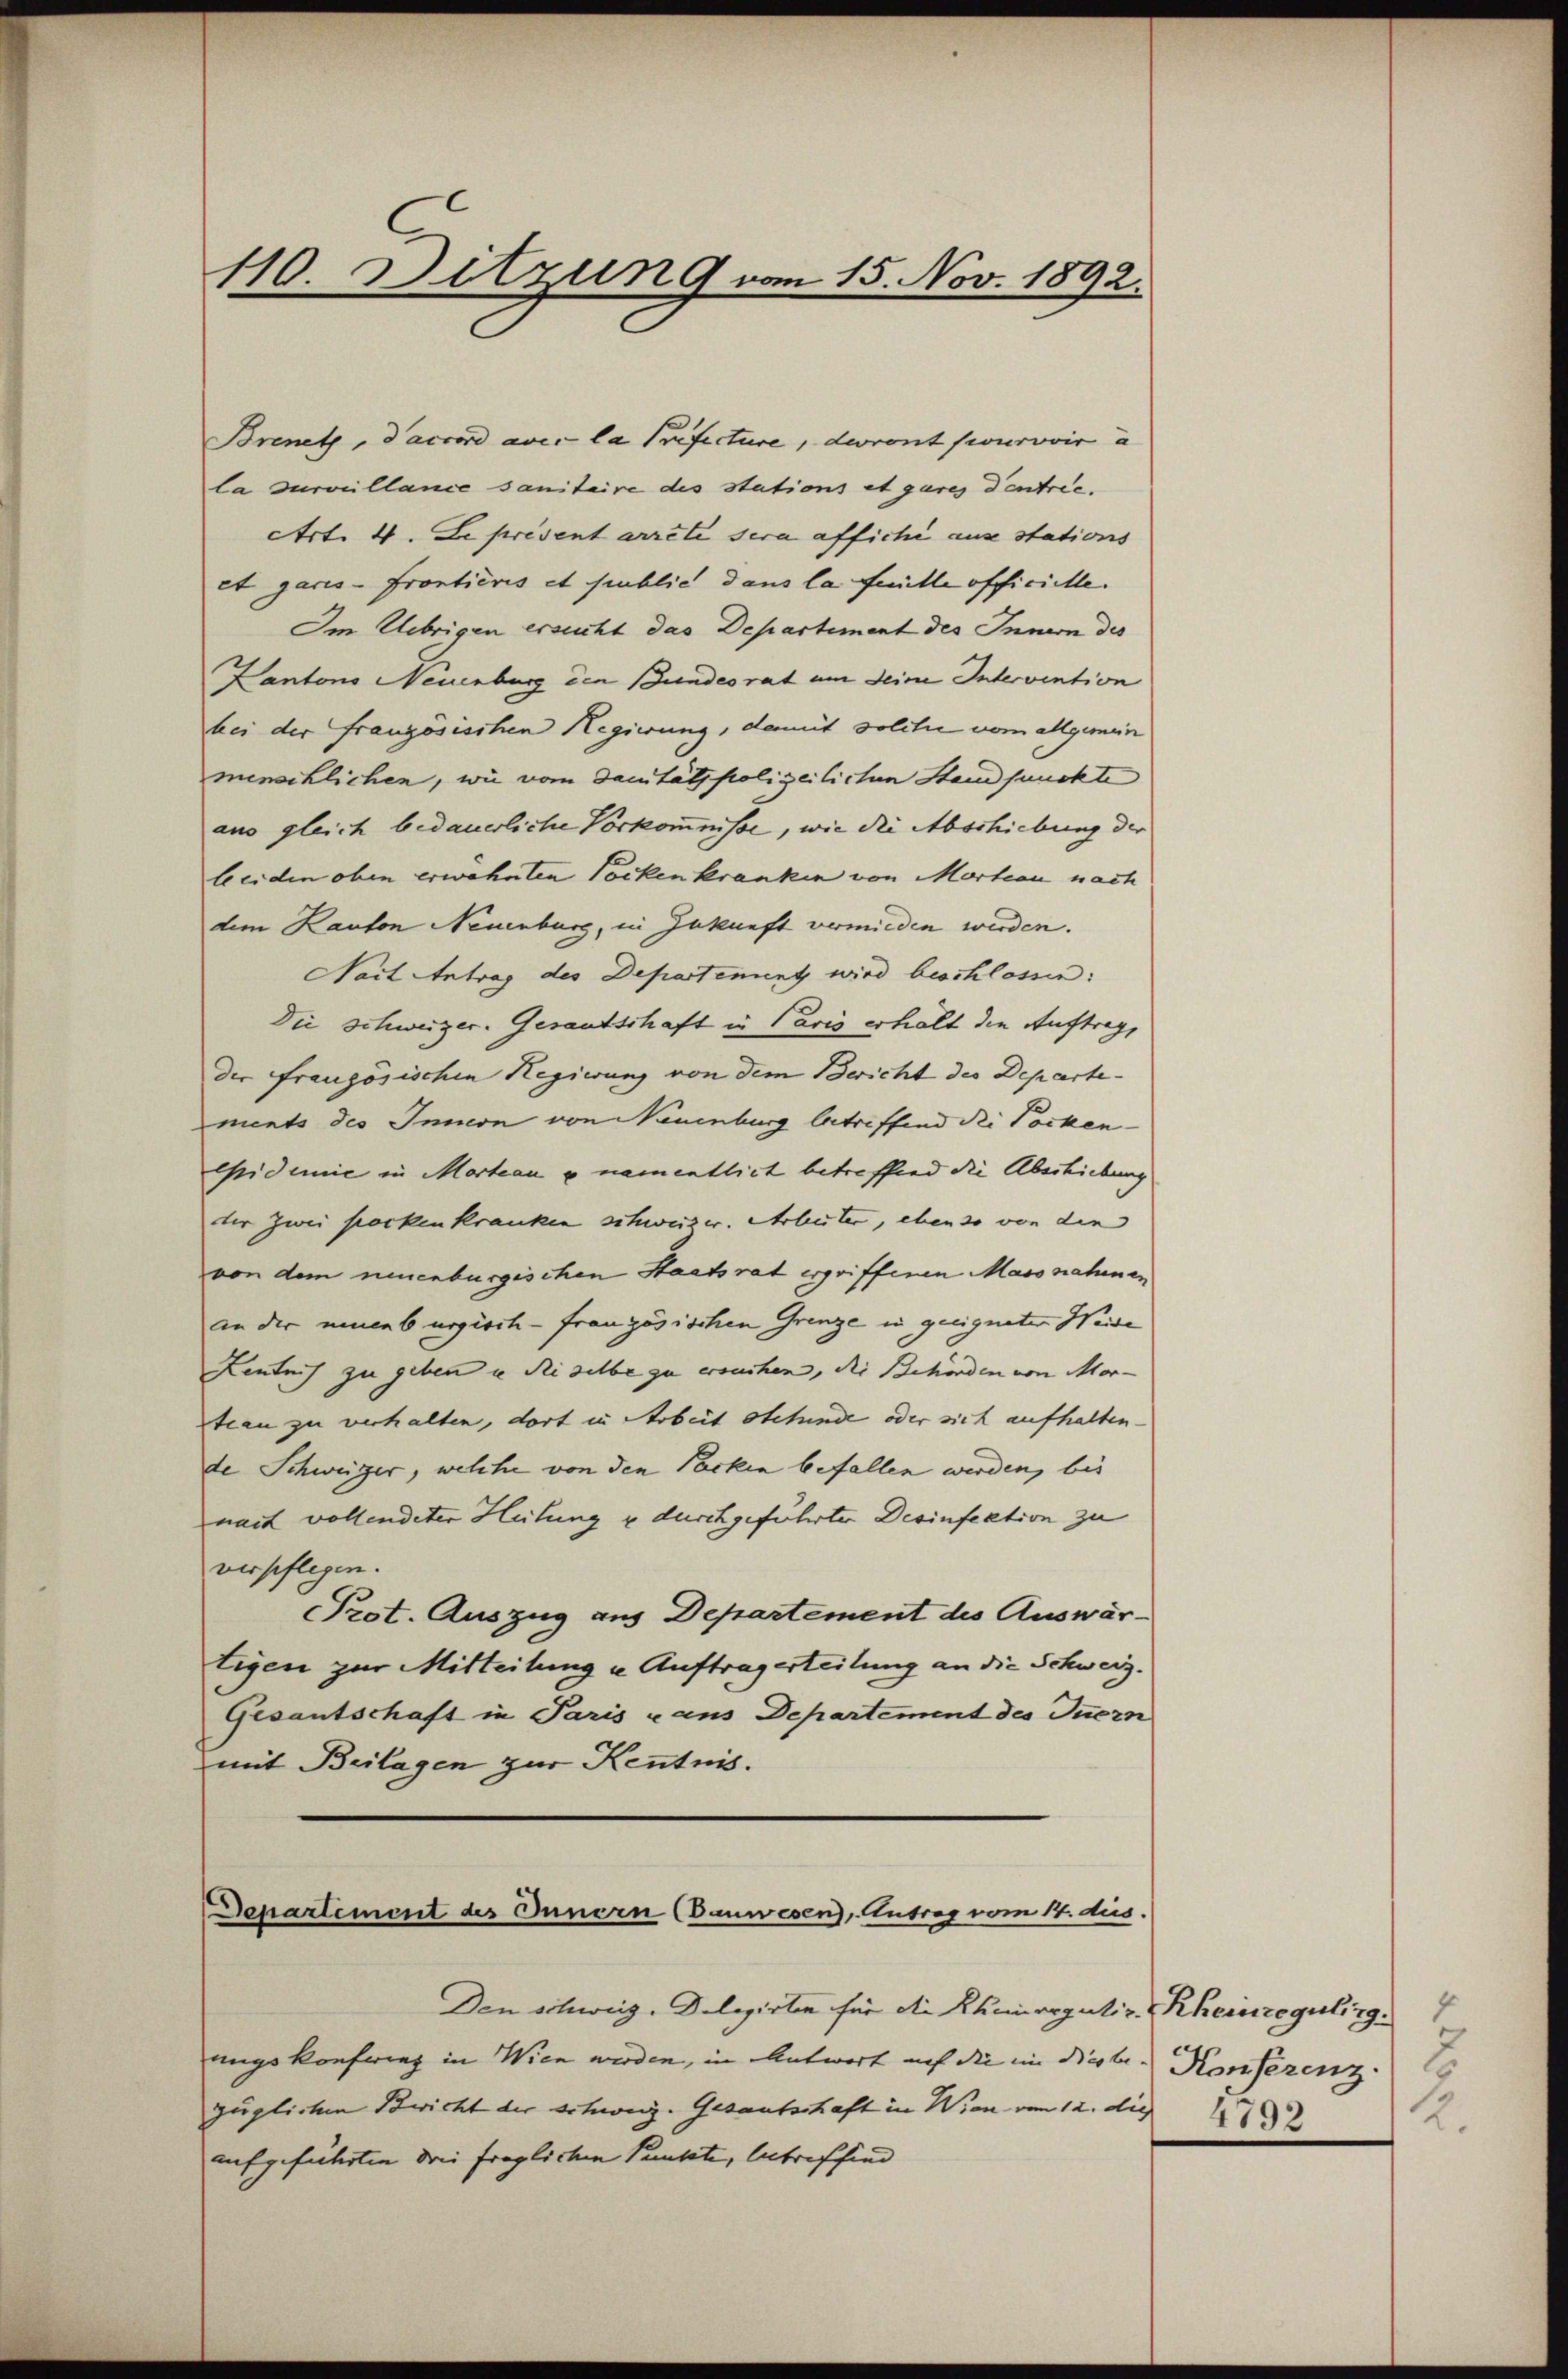
110. Ditzung vom 15. Nov. 1892.

Brenetz, d’accord avec la Trifecture, devront pourvoir à
la surveillance sanitaire des stations et gares Dentrie.
Art. 4. Le présent arrete sera affiche aus stations
et garis-frontieris et publich dans la fille officielle.
Im Uebrigen ersucht das Departement des Innern des
Kantons Neuenburg den Bundesrat um deine Intervention
bei der französischen Regierung, damit solcher vom allgemein
menschlichen, wie vom Sanitätspolizeilichen Standsunckte
aus gleich bedauerliche Vorkommnisse, wie die Abschiebung der
leiden oben erwähnten Pocken kranken von Marteau nach
dem Kanton Neuenburg, in Zukunft vermieden werden.
Nact Antrag des Departement wird beschlossen:
Die Schweizer. Gesandschaft in Paris erhalt die Auftrage
der französischen Regierung von dem Bericht des Departements des Innern von Neuenburg betreffend die Pocken-
epidemie in Marteau u. namentlich betreffend die Abschiebung
der zwei Pocken kranken schweizer. Arbeiter, ebenso von den
von dem neuenburgischen Staatsrat ergriffenen Massnahmen
an der neuenburgisch-Französischen Grenze in geeigneten Weide
Zentnis zu geben in die selbe zu ersuchen, die Behörden von Morteau zu verhalten, dort in Arbeit stehende oder sich aufhalten.
de Schweizer, welcher von den Packen befallen werden, bis
nach vollendeter Heitung u durchgeführter Desinfektion zu
verpflegen.
Prot. Auszug aus Departement des Auswärtigen zur Mitteilung u. Auftragerteilung an die Schweiz.
Gesantschaft in Paris u ans Departement des Innern
mit Beilagen zur Kenntnis.

Departement des Innern Cauwesen), Antrag vom 14. dus.

Den schweiz. Delegirten für die Rheinregulir-Rheinregulirg.7
ungskonfwieg in Wien werden, in Antwort auf die im Dieben Konferenz
züglichen Bericht der Schweiz. Gesantschaft in Wien vom 12. die
aufgeführten drei fraglichen Punkte, betreffend

2
2.
4792